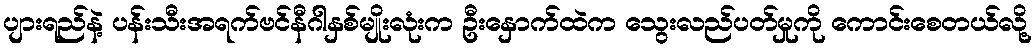
ပျားရည်နဲ့ ပန်းသီးအရက်ဗင်နီဂါနှစ်မျိုးလုံးက ဦးနှောက်ထဲက သွေးလည်ပတ်မှုကို ကောင်းစေတယ်လို့